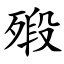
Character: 㱭